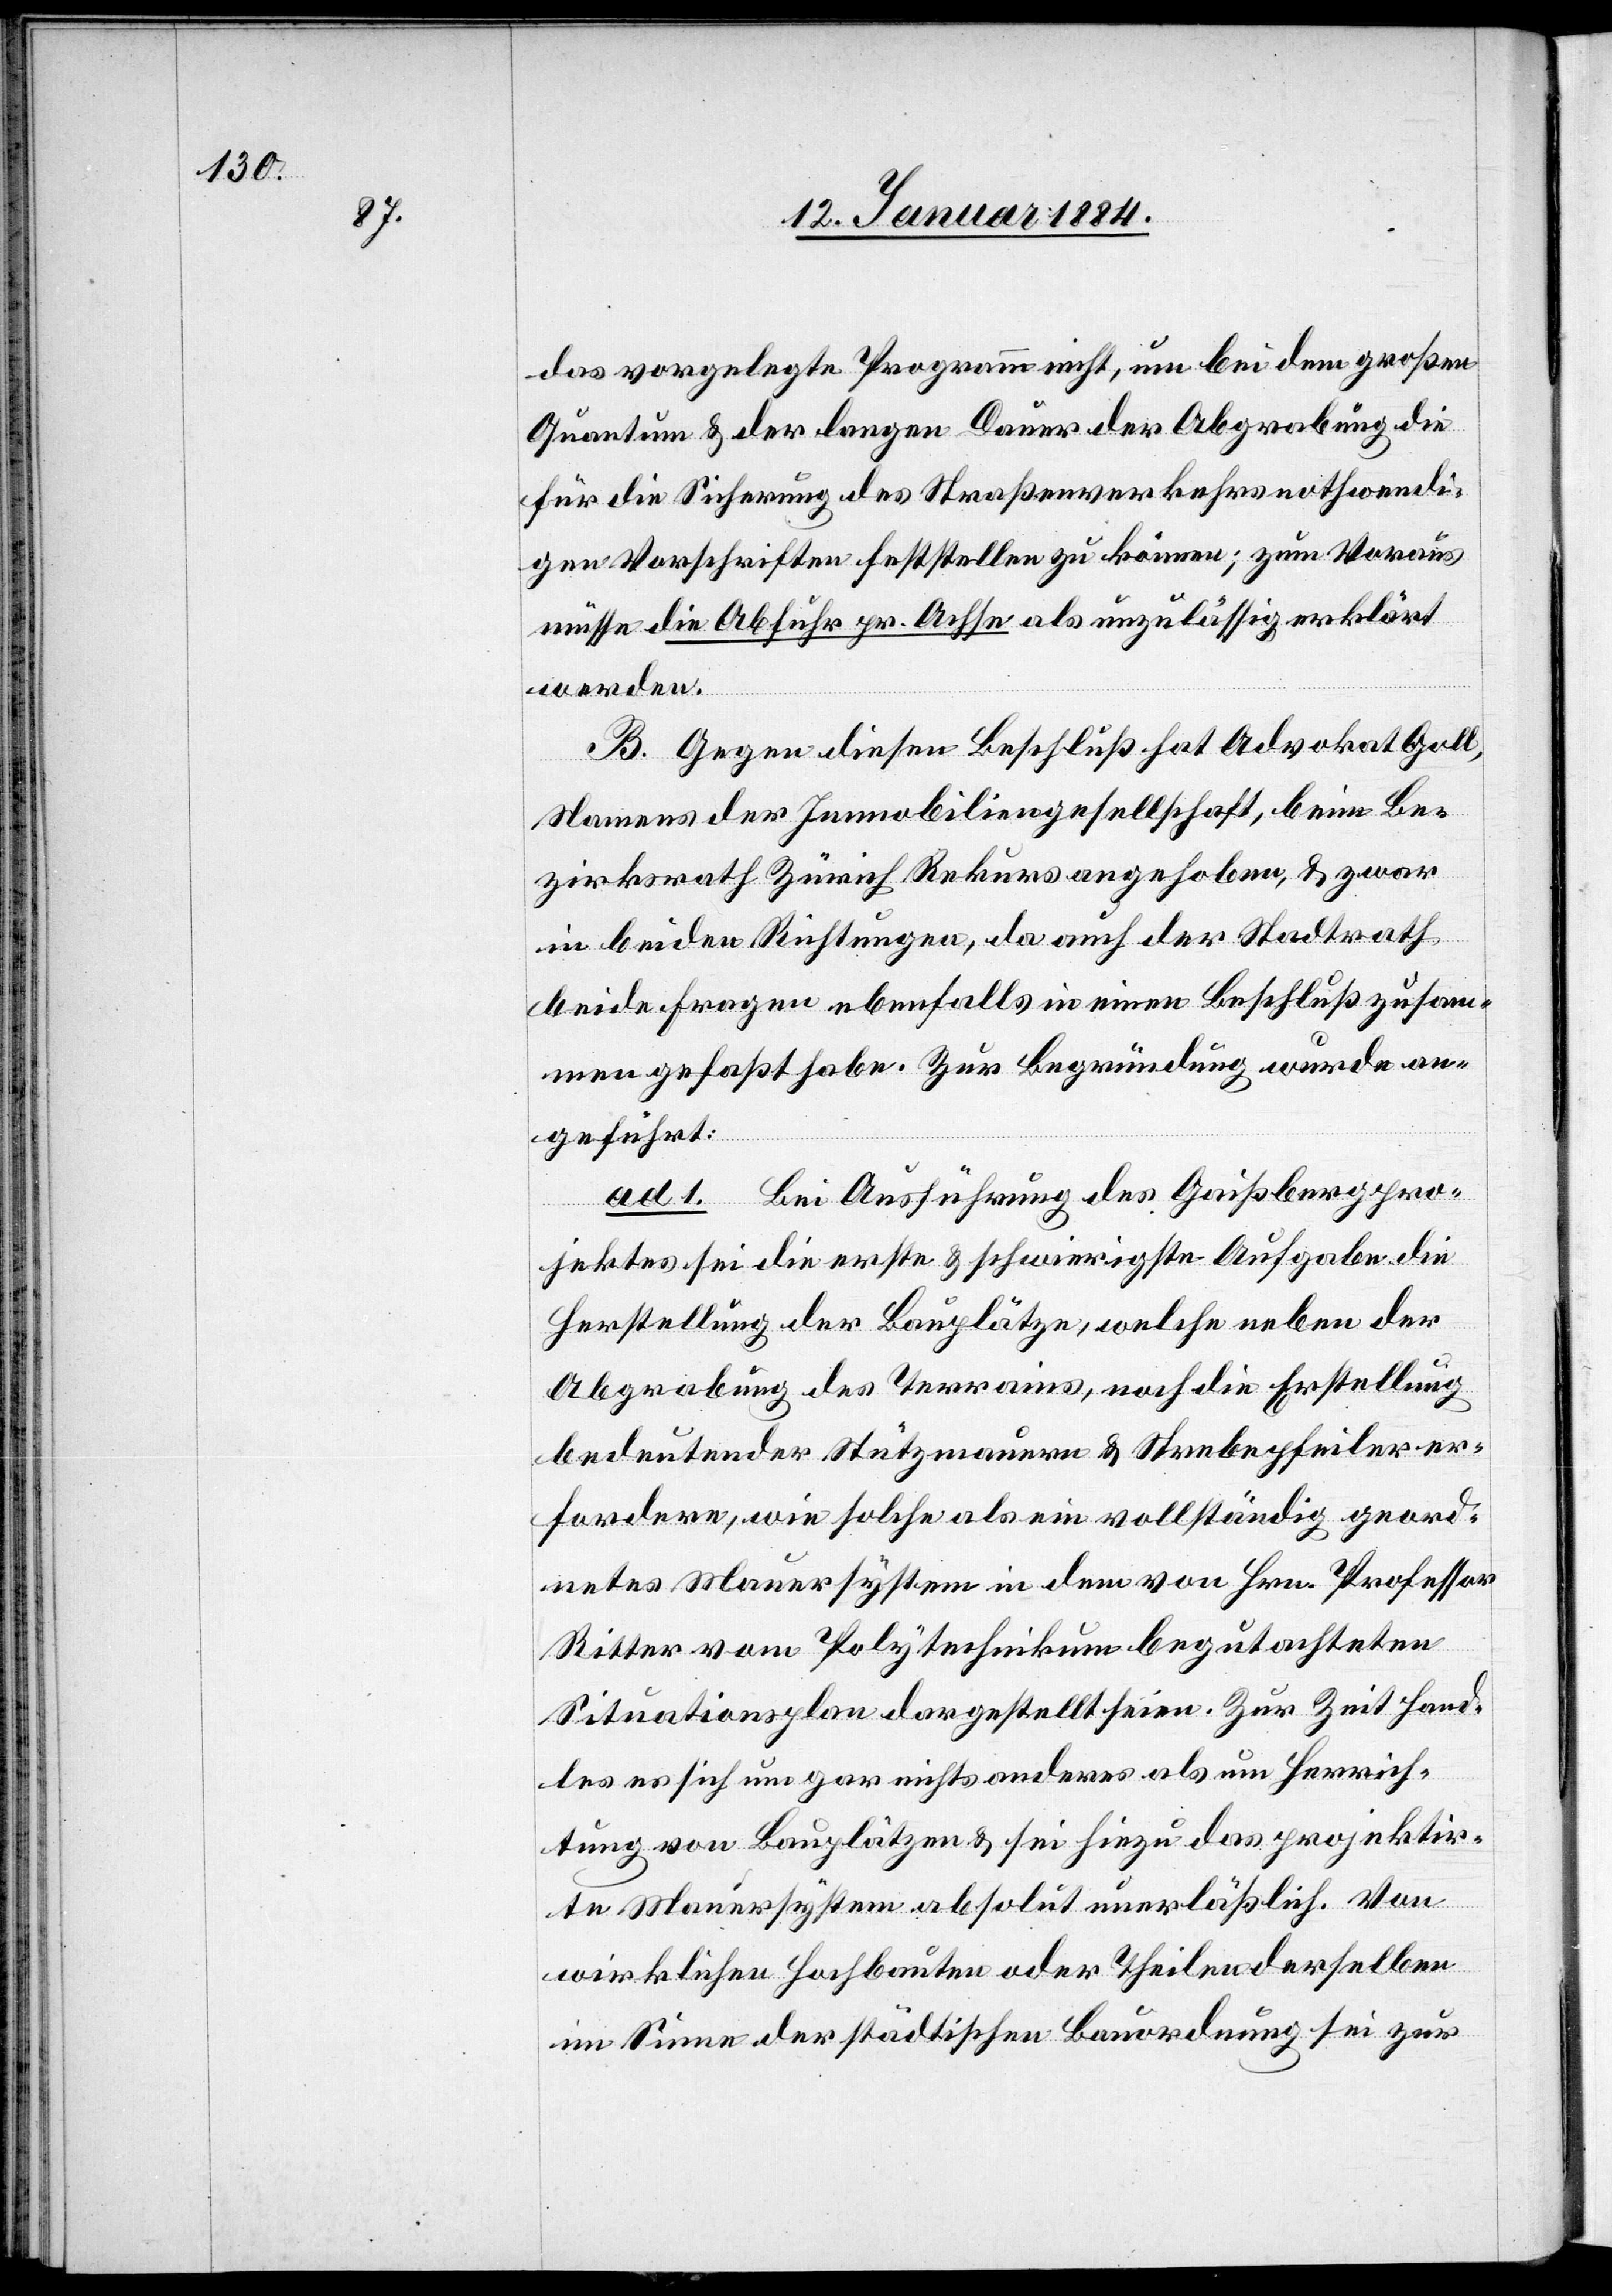
das vorgelegte Programm nicht, um bei dem großen
Quantum & der langen Dauer der Abgrabung die
für die Sicherung des Straßenverkehres nothwendi¬
gen Vorschriften feststellen zu können; zum Voraus
müsse die Abfuhr pr. Achse als unzulässig erklärt
werden.
B. Gegen diesen Beschluß hat Advokat Goll,
Namens der Immobiliengesellschaft, beim Be¬
zirksrath Zürich Rekurs angehoben, & zwar
in beiden Richtungen, da auch der Stadtrath
beide Fragen ebenfalls in einem Beschluß zusam¬
men gefaßt habe. Zur Begründung wurde an¬
les
geführt:
ad. 1. Bei Ausführung des Gaißbergpro¬
jektes sei die erste & schwierigste Aufgabe die
Herstellung der Bauplätze, welche neben der
Abgrabung des Terrains, noch die Erstellung
bedeutender Stützmauern & Strebepfeiler er¬
fordere, wie solche als ein vollständig geord¬
netes Mauersystem in dem von Hrn. Professor
Ritter vom Polytechnikum begutachteten
Situationsplan dargestellt seien. Zur Zeit hand¬
es sich um gar nichts anderes als um Herrich¬
tung von Bauplätzen & sei hiezu das projektir¬
te Mauersystem absolut unerläßlich. Von
wirklichen Hochbauten oder Theilen derselben
im Sinne der städtischen Bauordnung sei zur